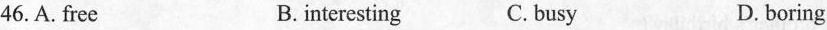
46.A.free B.interesting C.busy D.boring